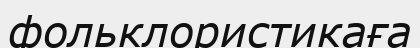
фольклористикаға